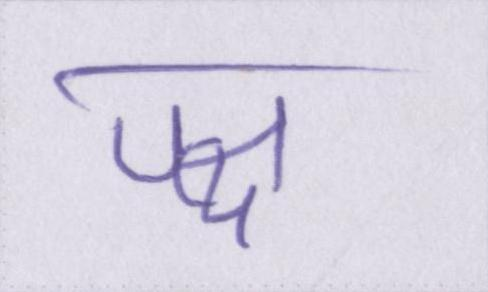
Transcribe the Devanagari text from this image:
पक्ष